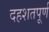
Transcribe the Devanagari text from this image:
दहशतपूर्ण